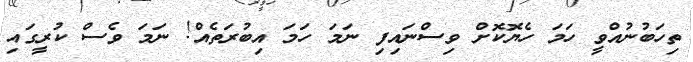
ތިހަބުނުއްވީ ހަމަ ހެޔޮކޮށް ވިސްނައިފި ނަމަ ހަމަ އިބުރަތެއް! ނަމަ ވެސް ކުރީގައި